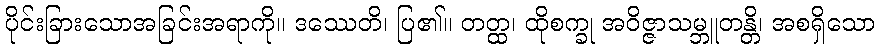
ပိုင်းခြားသောအခြင်းအရာကို။ ဒဿေတိ၊ ပြ၏။ တတ္ထ၊ ထိုစက္ခု အဝိဇ္ဇာသမ္ဘူတန္တိ၊ အစရှိသော